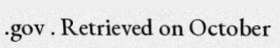
.gov . Retrieved on October